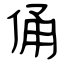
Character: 俑